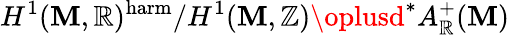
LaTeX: H^{1}(\mathbf{M},\mathbb{{R}})^{\mathrm{{harm}}}/H^{1}(\mathbf{M},\mathbb{{Z}})\oplusd^{*}A_{\mathbb{{R}}}^{+}(\mathbf{M})